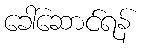
ခေါ်ဆောင်ရန်